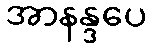
အာနန္ဒပေ